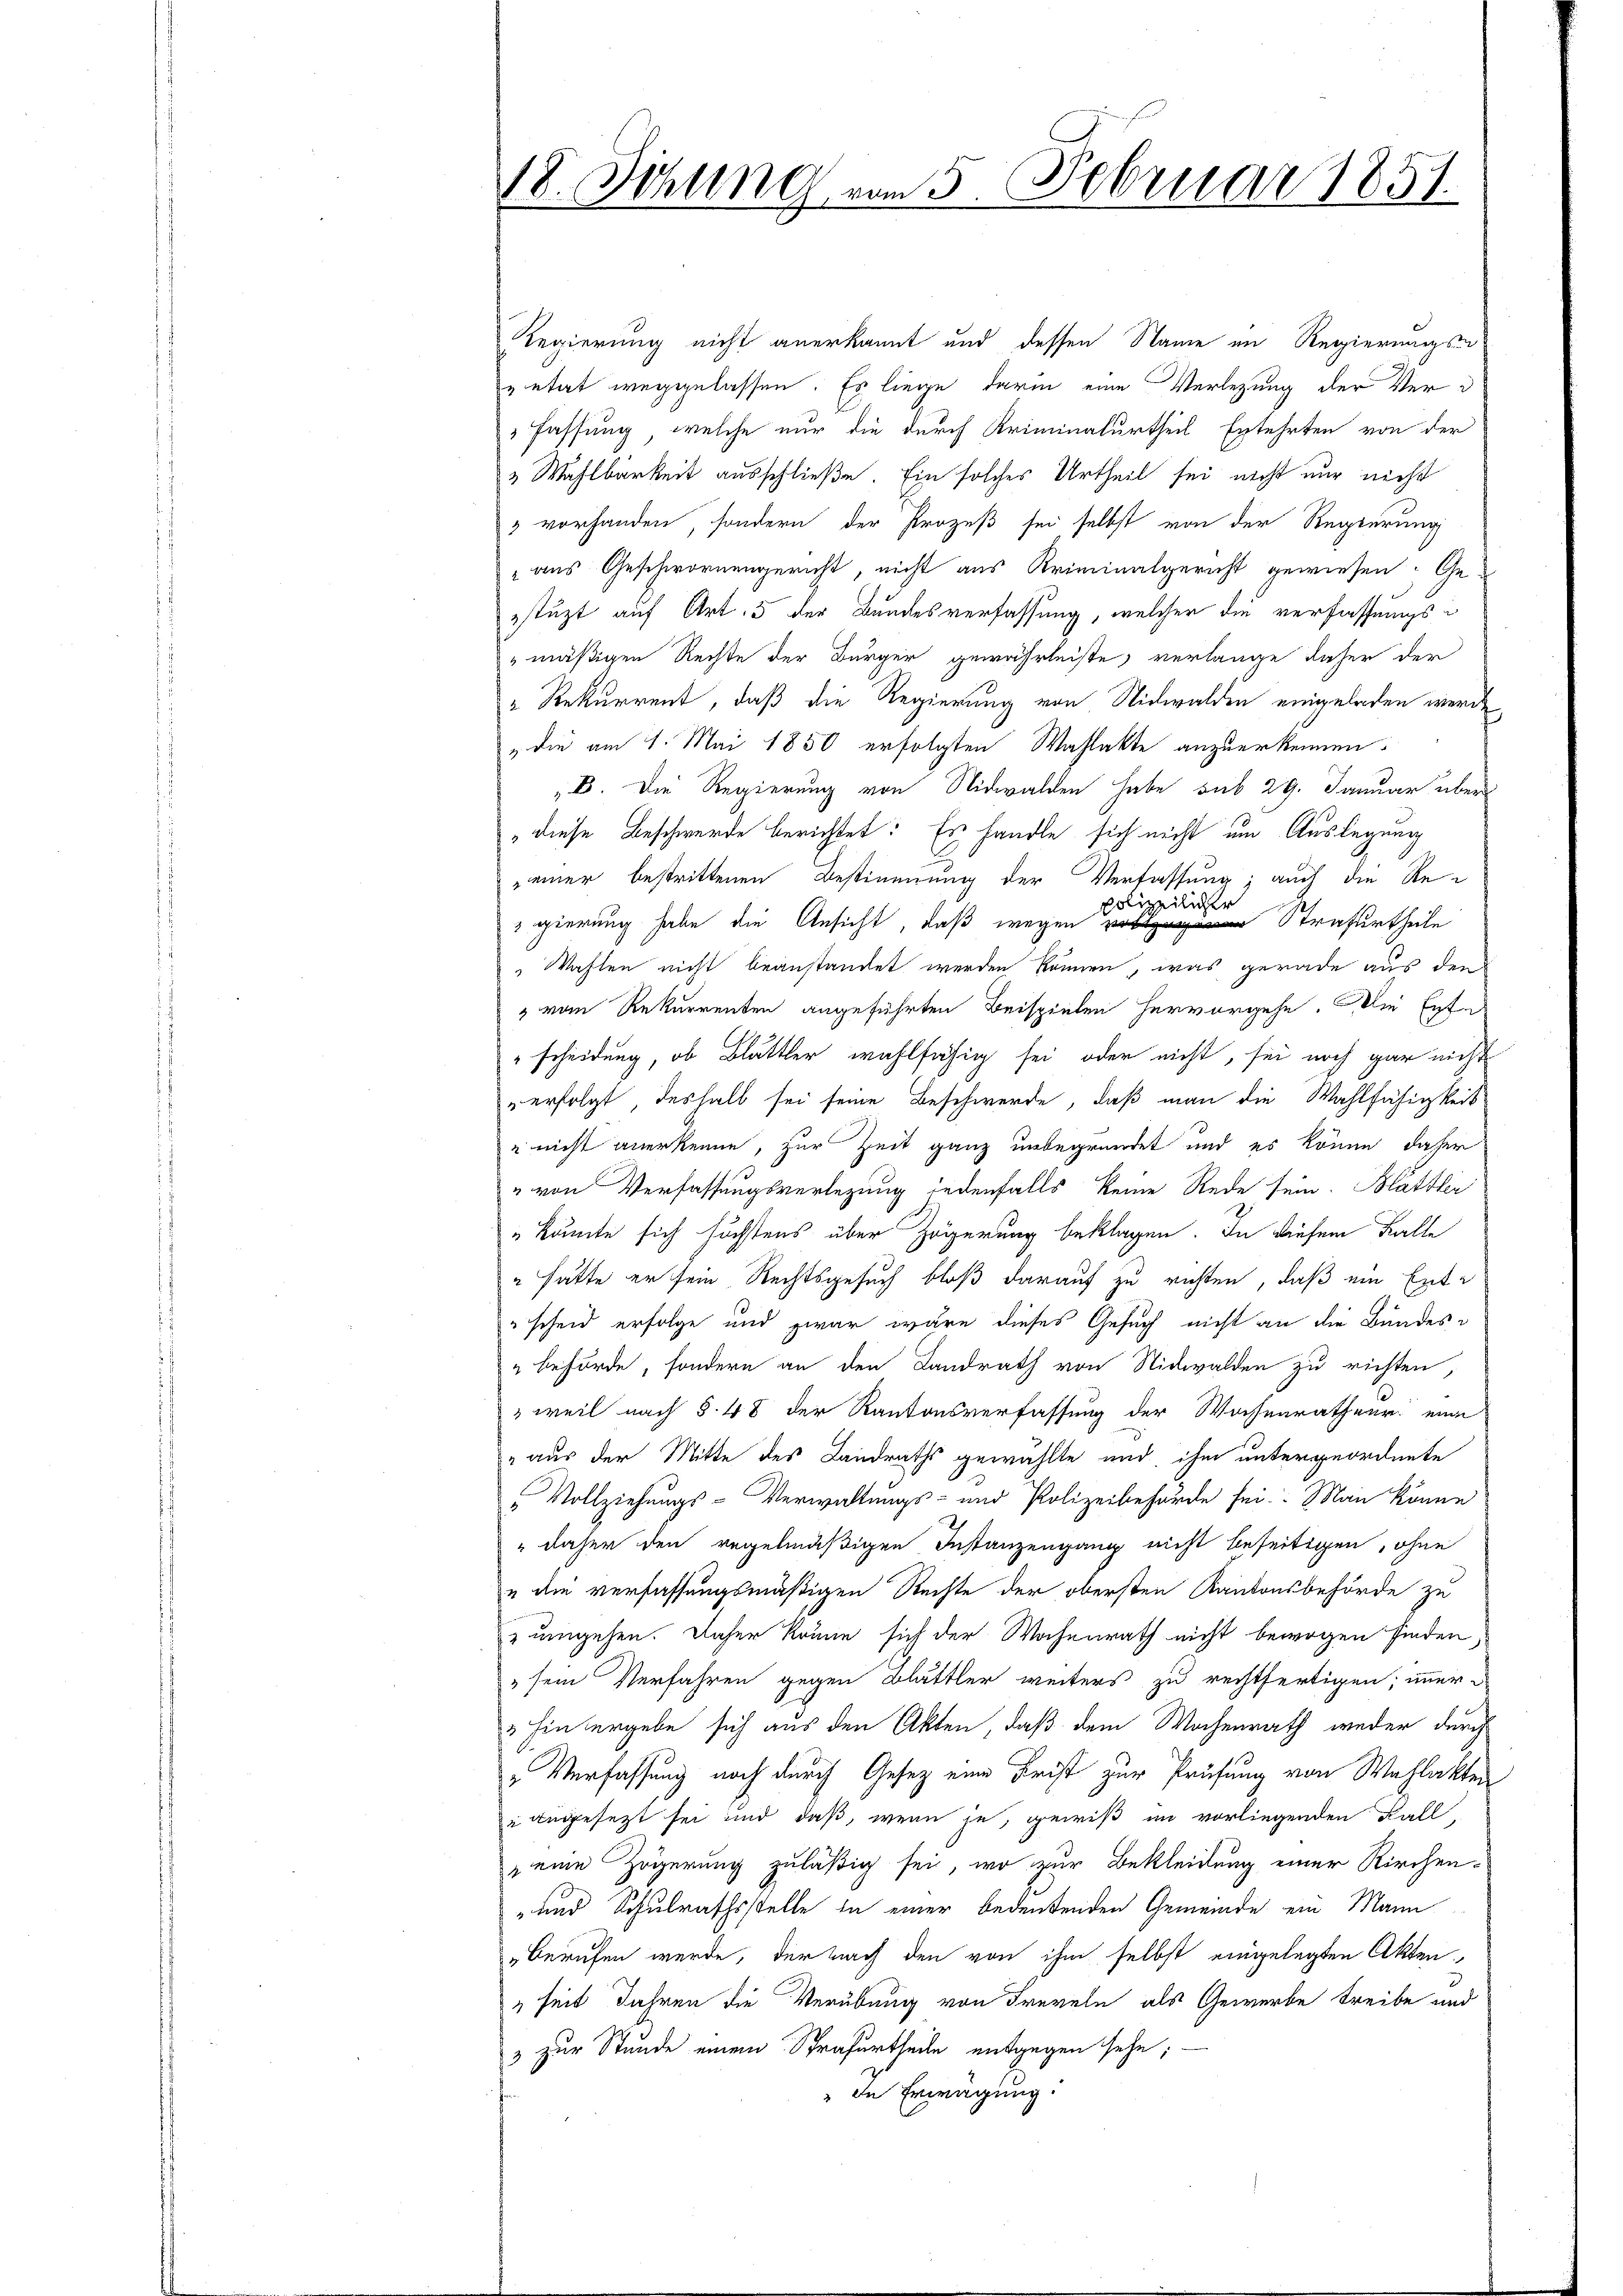
18. Sitzung vom 5. Februar 1857.

Regierung nicht anerkannt und dessen Name im Regierungs
eetat weggelassen. Es liege darin eine Verlegung der Ver¬
Fassung, welche nur die durch Kriminalurtheil Entehrten von der
& Wahlbarkeit ausschließe. Ein solches Urtheil sei nicht nur nicht
3 vorhanden, sondern der Prozeß sei selbst von der Regierung
„aus Geschwornengericht, nicht aus Kriminalgericht gewiesen: Ge-
stüzt auf Art. 5 der Bundesverfassung, welcher die verfassungs¬
" mäßigen Rechte der Bürger gewährleiste, verlange daher der
" Rekurrent, daß die Regierung von Nidwalden eingeladen werde
„die am 1. Mai 1850 erfolgten Wahlakte anzuerkennen.
„B. Die Regierung von Nidwalden habe sub 29. Januar über
"diese Beschwerde berichtet: Es handle sich nicht um Auslegung
einer bestrittenen Bestimmung der Verfassung; auch die Repolizeilicher
gierung habe die Ansicht, daß wegen Strafurtheile
" Wahlen nicht beanstandet werden können, was gerade aus den
" vom Rekurrenten angeführten Beispielen hervorgehe. Die Entd
scheidung, ob Blättler wahlfähig sei oder nicht, sei noch gar nicht
erfolgt deshalb sei seine Beschwerde, daß man die Wahlfähigkeit
e nicht anerkenne, zur Zeit ganz unbegründet und es könne daher
" von Verfassungsverlegung jedenfalls keine Rede sein. Blättler
"könnte sich höchstens über Zögerung beklagen. In diesem Falle
" hätte er sein Rechtsgesuch bloß darauf zu richten, daß ein Entscheid erfolge und zwar wäre dieses Gesuch nicht an die Bundes¬
"behörde, sondern an den Landrath von Nidwalden zu richten,
" weil nach § 48 der Kantonsverfassung der Wochenratheur, eine
" aus der Mitte des Landraths gewählte und ihm untergeordnete
 Vollziehungs-Verwaltungs- und Polizeibehörde sei. Man könne
" daher den regelmäßigen Instanzengang nicht beseitigen, ohne
u die verfassungsmäßigen Rechte der obersten Kantonsbehörde zu
umgehen. Daher könne sich der Wochenrath nicht bewogen finden,
" sein Verfahren gegen Blättler weiters zu rechtfertigen; immer
 hintergebe sich aus den Akten, daß dem Wochenrath weder durch
" Verfassung noch durch Gesetz eine Frist zur Prüfung von Wahlakten
u angesetzt sei und daß, wenn je, gewiß im vorliegenden Fall,
 eine Zögerung zuläßig sei, wo zur Bekleidung einer Kirchen¬
- und Schulrathsstelle in einer bedeutenden Gemeinde ein Mann
berufen werde, der nach den von ihm selbst eingelegten Akten
seit Jahren die Verübung von Freveln als Gewerbe treibe und
" zur Stunde einem Strafurtheile entgegen sehe;
de Erwägung: